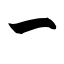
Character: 一